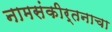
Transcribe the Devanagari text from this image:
नामसंकीर्तनाचा